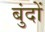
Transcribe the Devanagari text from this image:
बुंदों